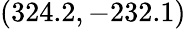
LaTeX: (324.2,-232.1)